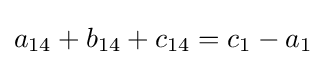
a_{14}+b_{14}+c_{14}=c_{1}-a_{1}